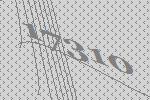
17310